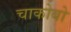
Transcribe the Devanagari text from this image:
चाकोबो